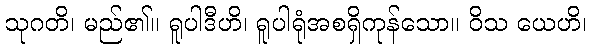
သုဂတိ၊ မည်၏။ ရူပါဒီဟိ၊ ရူပါရုံအစရှိကုန်သော။ ဝိသ ယေဟိ၊